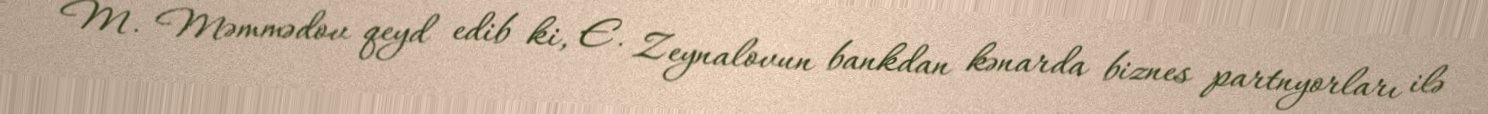
M. Məmmədov qeyd edib ki, E. Zeynalovun bankdan kənarda biznes partnyorları ilə